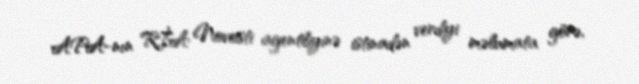
APA-nın RİA Novosti agentliyinə istinadən verdiyi məlumata görə,